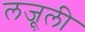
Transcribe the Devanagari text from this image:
लजू़ली